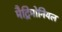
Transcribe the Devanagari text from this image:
मैट्रिमोनियल